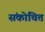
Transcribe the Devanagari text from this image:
संकोचित